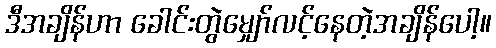
ဒီအချိန်ဟာ ခေါင်းတွဲမျှော်လင့်နေတဲ့အချိန်ပေါ့။